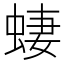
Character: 𫋂